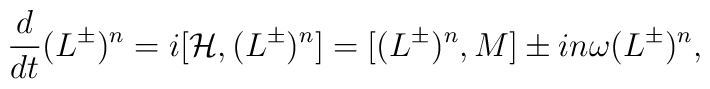
{d\over dt}{(L^\pm)^n}=i[{\cal H},(L^\pm)^n]   =[(L^{\pm})^n,{M}]\pm in\omega (L^{\pm})^n,